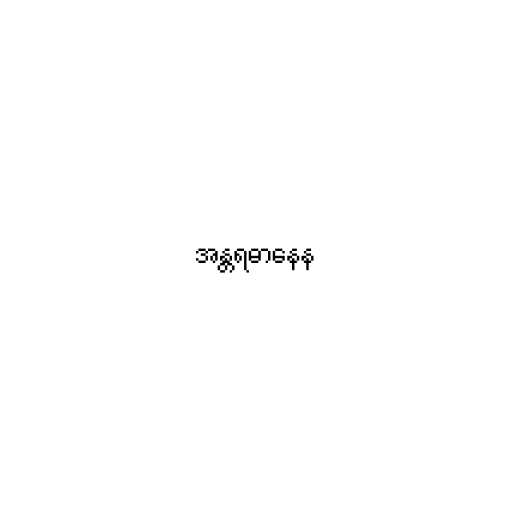
အန္တရဓာနေန